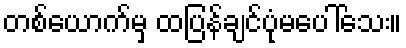
တစ်ယောက်မှ ထပြန်ချင်ပုံမပေါ်သေး။